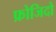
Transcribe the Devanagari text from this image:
फ्रोजिदो